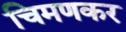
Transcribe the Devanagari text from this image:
चिमणकर